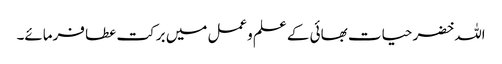
اللہ خضر حیات بھائی کے علم وعمل میں برکت عطا فرمائے۔